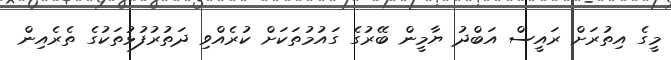
މީގެ އިތުރަށް ރައީސް އަބްދު ޔާމީން ބޭރުގެ ގައުމުތަކަށް ކުރެއްވި ދަތުރުފުޅުތަކުގެ ތެރެއިން